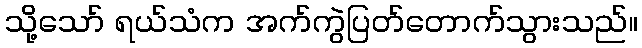
သို့သော် ရယ်သံက အက်ကွဲပြတ်တောက်သွားသည်။